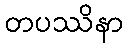
တပဿိနာ